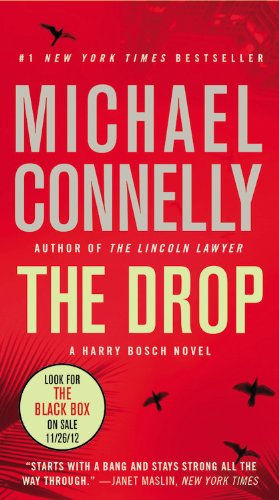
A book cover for The Drop (A Harry Bosch Novel); Michael Connelly; Mystery, Thriller & Suspense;